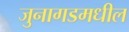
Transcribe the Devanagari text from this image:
जुनागडमधील